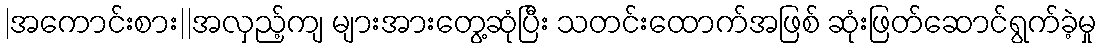
|အကောင်းစား||အလှည့်ကျ များအားတွေ့ဆုံပြီး သတင်းထောက်အဖြစ် ဆုံးဖြတ်ဆောင်ရွက်ခဲ့မှု